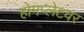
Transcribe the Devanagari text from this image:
होमप्लेटवर